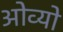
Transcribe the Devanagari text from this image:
ओव्यो